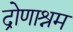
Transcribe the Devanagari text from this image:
द्रोणाश्रम